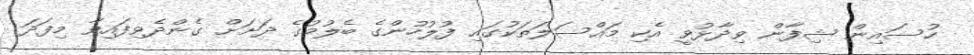
ހުސައިން ޝިފާން ވިދާޅުވީ އެކި މައްސަލަތަކުގައި ފުލުހުންގެ ބެލުމުގެ ދަށަށް ގެންދެވިފައިވާ މިފަދަ